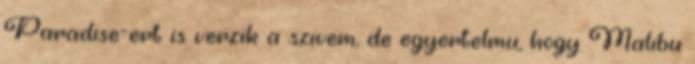
Paradise-ert is verzik a szivem, de egyertelmu, hogy Malibu